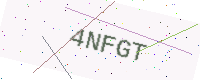
Text: 4NFGT